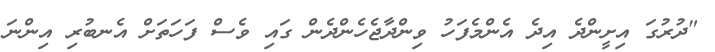
"ދުރުގަ އިށީންދެ އިދެ އެންމެފަހު ވިންދާޖެހެންދެން ގައި ވެސް ފަހަތަށް އެނބުރި އިންނަ